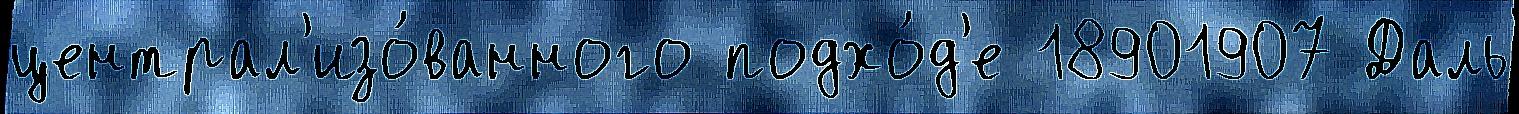
централ'изо́ванного подхо́д'е 18901907 Даль